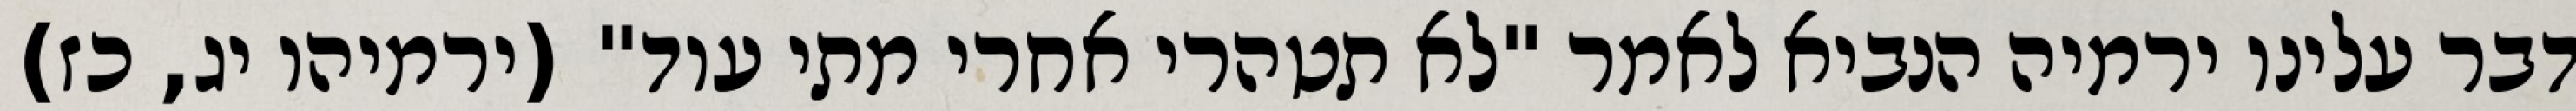
דבר עלינו ירמיה הנביא לאמר "לא תטהרי אחרי מתי עוד" (ירמיהו יג, כז)